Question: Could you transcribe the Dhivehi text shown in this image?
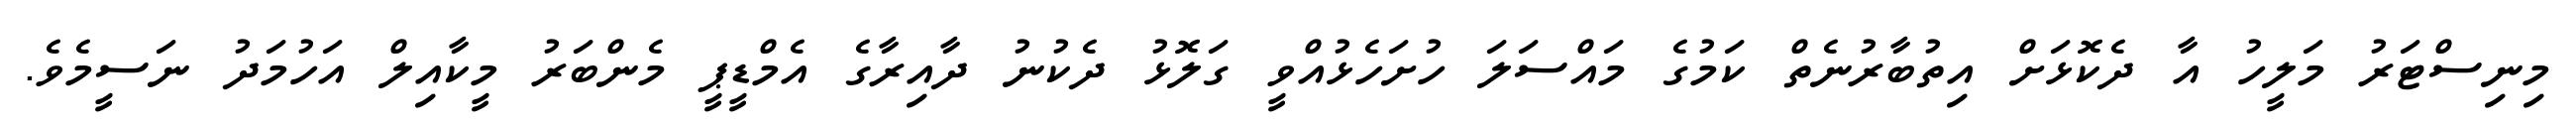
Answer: މިނިސްޓަރު މަލީހު އާ ދެކޮޅަށް އިތުބާރުނެތް ކަމުގެ މައްސަލަ ހުށަހެޅުއްވީ ގަލޮޅު ދެކުނު ދާއިރާގެ އެމްޑީޕީ މެންބަރު މީކާއިލް އަހުމަދު ނަސީމެވެ.